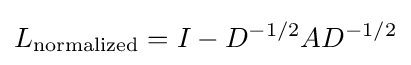
L_{\text{normalized}}=I-D^{-1/2}AD^{-1/2}